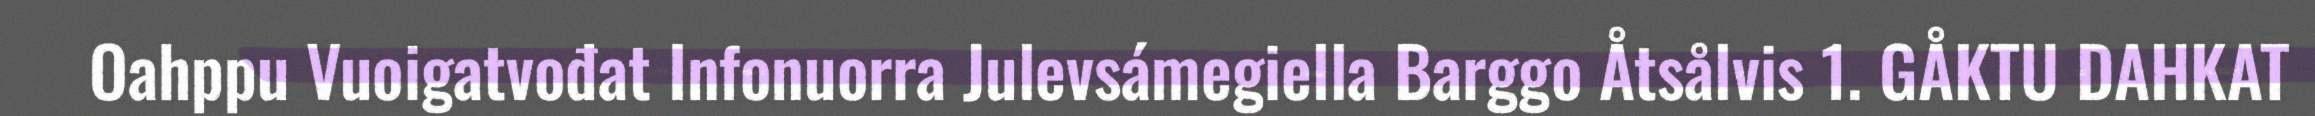
Oahppu Vuoigatvođat Infonuorra Julevsámegiella Barggo Åtsålvis 1. GÅKTU DAHKAT